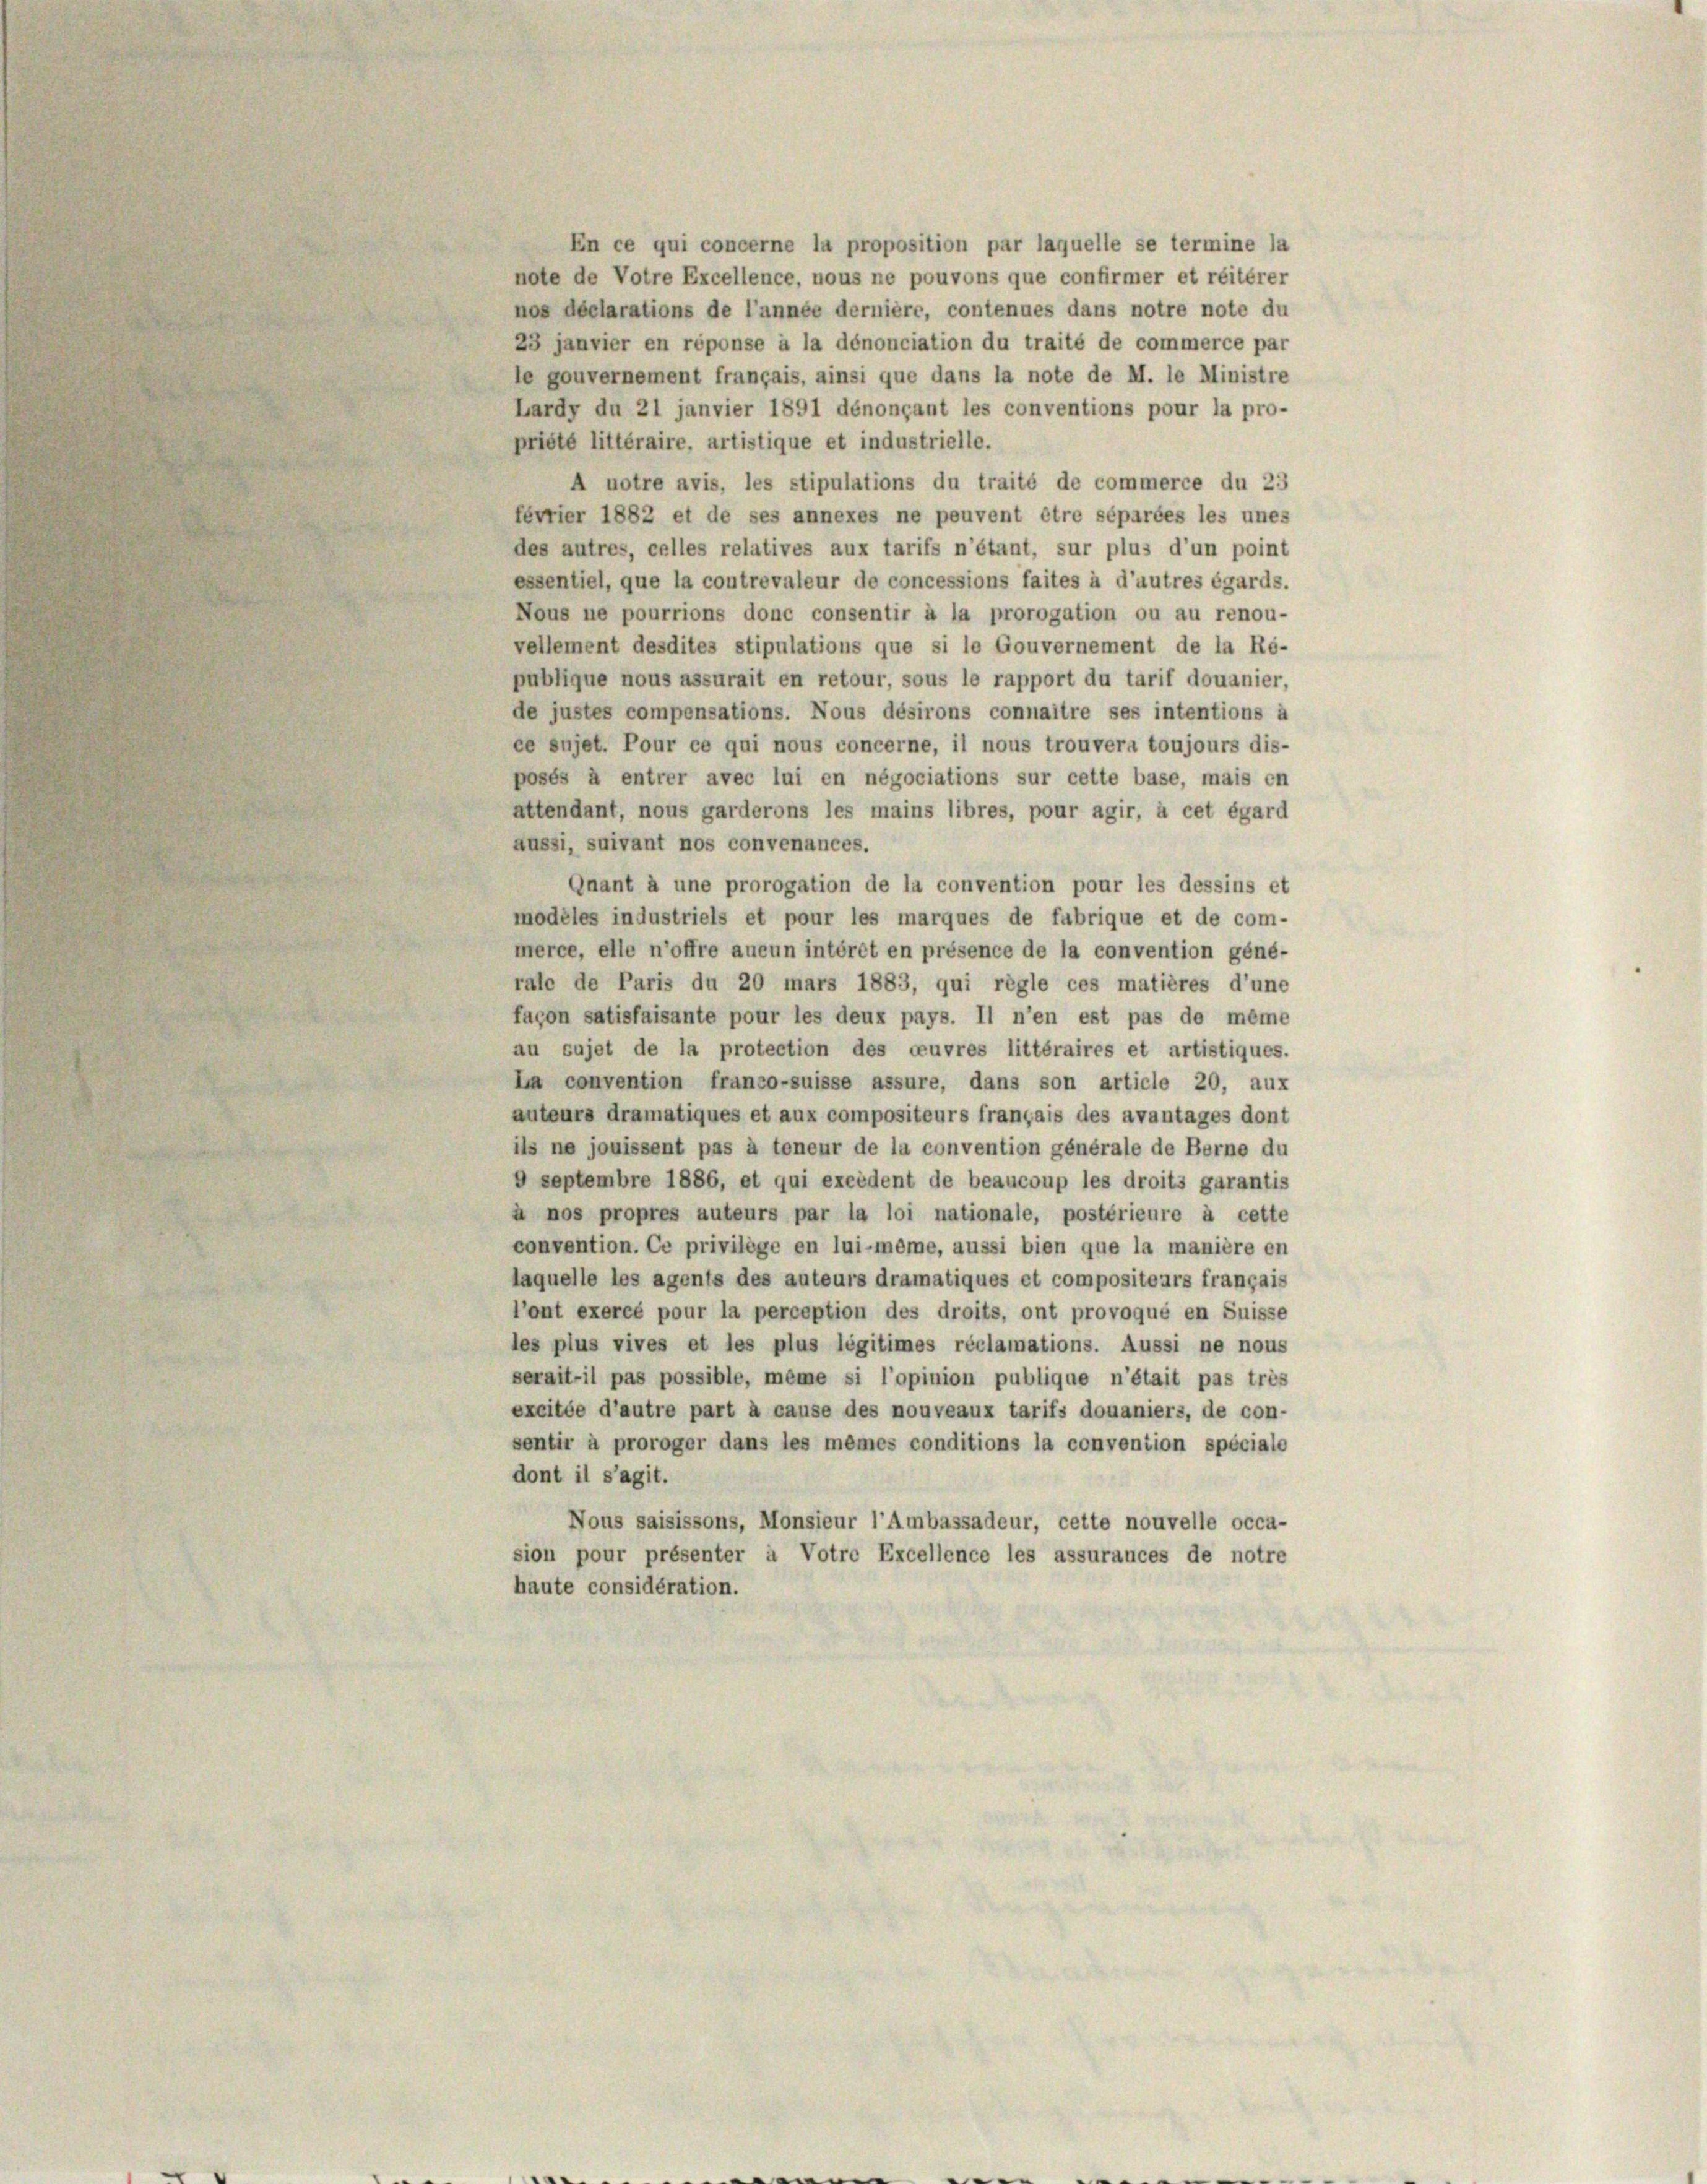
En ce qui concerne la proposition par laquelle se termine la

note de Votre Excellence, nous ne pouvons que confirmer et reiterer
nos déclarations de l’année dernière, contenues dans notre note du
23 janvier en réponse à la dénonciation du traité de commerce par
le gouvernement français, ainsi que dans la note de M. le Ministre
Lardy du 21 janvier 1891 dénonçant les conventions pour la pro-
priété littéraire, artistique et industrielle.
A notre avis, les stipulations du traité de commerce du 23
fevrier 1882 et de ses annexes ne peuvent être séparées les unes
des autres, celles relatives aux tarifs n’étant, sur plus d’un point
essentiel, que la contrevaleur de concessions faites à d’autres égards.
Nous ne pourrions donc consentir à la prorogation ou au renou-
vellement desdites stipulations que si le Gouvernement de la Ré-
publique nous assurait en retour, sous le rapport du tarif douanier,
de justes compensations. Nous désirons connaître ses intentions à
ce sujet. Pour ce qui nous concerne, il nous trouvera toujours dis-
posés à entrer avec lui en négociations sur cette base, mais en
attendant, nous garderons les mains libres, pour agir, à cet égard
aussi, suivant nos convenances.
Qnant à une prorogation de la convention pour les dessins et
modéles industriels et pour les marques de fabrique et de com-
merce, elle n’offre aucun intérêt en présence de la convention géné-
rate de Paris du 20 mars 1883, qui règle ces matières d’une
façon satisfaisante pour les deux pays. Il n’en est pas de même
au sujet de la protection des ceuvres littéraires et artistiques.
La convention franco-suisse assure, dans son article 20, aux
auteurs dramatiques et aux compositeurs français des avantages dont
ils ne jouissent pas à teneur de la convention générale de Berne du
0 Septembre 1886, et qui exeident de beaucoup les droits garantis
à nos propres auteurs par la loi nationale, postérieure à cette
convention. Ce privilège en lui-même, aussi bien que la manière en
laquelle les agents des auteurs dramatiques et compositears français
l’ont exercé pour la perception des droits, ont provoqué en Suisse
les plus vives et les plus légitimes réclamations. Aussi ne nous
serait il pas possible, même si l’opinion publique n’était pas très
excitée d’autre part à cause des nouveaux tarifs douaniers, de con-
sentir à proroger dans les mêmes conditions la convention spécialo
dont il s’agit.
Nous saisissons, Monsieur l’Ambassadeur, cette nouvelle occa-
sion pour présenter à Votre Excellence les assurances de notre
haute considération.